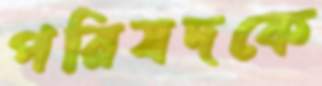
পরিষদকে